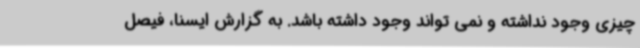
چیزی وجود نداشته و نمی تواند وجود داشته باشد. به گزارش ایسنا، فیصل